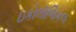
ઇકોલૉજિકલ